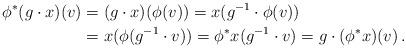
LaTeX: \begin{align*}\phi^\ast(g \cdot x)(v) &= (g \cdot x)(\phi(v)) = x(g^{-1} \cdot \phi(v)) \\&= x(\phi(g^{-1} \cdot v)) = \phi^\ast x(g^{-1} \cdot v) = g \cdot (\phi^\ast x)(v) \, .\end{align*}